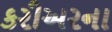
કરીઅરના